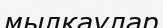
мылқаулар